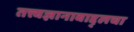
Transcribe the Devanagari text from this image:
तत्त्वज्ञानाबाद्द्लचा